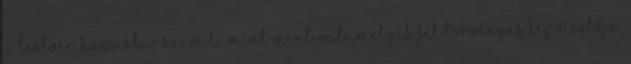
a testvér házastársa, valamint mint valamelyik fél törvényes képviselője,